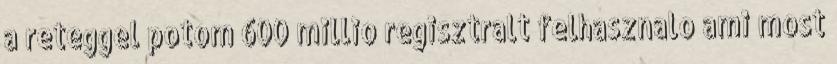
a reteggel potom 600 millio regisztralt felhasznalo ami most